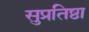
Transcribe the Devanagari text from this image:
सुप्रतिष्ठा